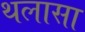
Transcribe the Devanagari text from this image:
थलासा